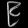
Digit: ၉